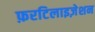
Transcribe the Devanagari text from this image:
फ़रटिलाइज़ेशन